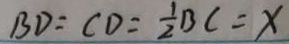
B D = C D = \frac { 1 } { 2 } B C = x